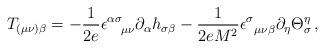
LaTeX: \begin{align*}T_{(\mu \nu )\beta }=-\frac{1}{2e}\epsilon _{\,\,\,\,\,\,\,\mu \nu }^{\alpha\sigma }\partial _{\alpha }h_{\sigma \beta }-\frac{1}{2eM^{2}}\epsilon_{\,\,\,\,\mu \nu \beta }^{\sigma }\partial _{\eta }\Theta _{\sigma }^{\eta}\,,\end{align*}